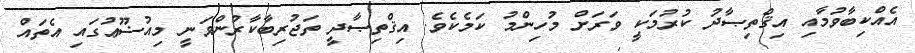
އެއްކިބާވުމާއި އިޤްތިޞާދު ކުރުމަކީ ވަރަށް މުހިންމު ކަމެކެވެ. އިޤްތިޞާދީ ތަޖުރިބާކާރުންވަނީ މިއުޟޫޢުގައި އެތައް